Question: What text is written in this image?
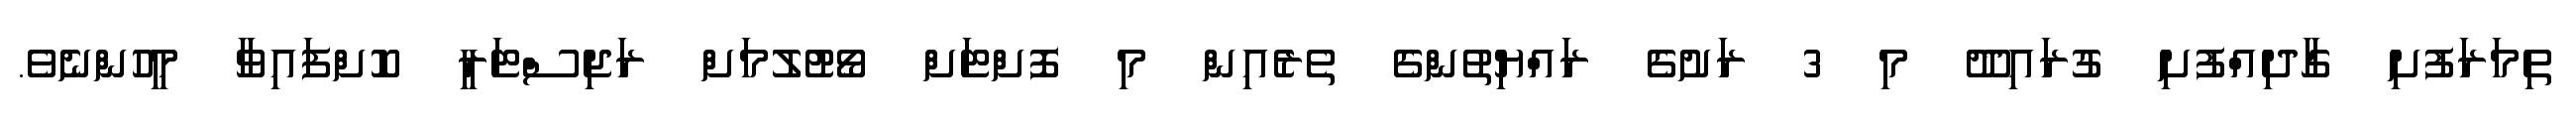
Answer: ތިމަރަފުށި ގާދިއްފުށި ގުރައިދޫ މި 3 ރަށުގެ ރައްޔިތުންގެ ތެރެއިން މި ފޮށްޓަށް ވޯޓުލުމަށް ރަޖިސްޓަރީ ކޮށްފައިވާ މީހުންނެވެ.